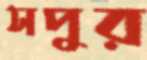
সপুর